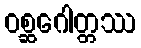
ဝစ္ဆဂေါတ္တဿ